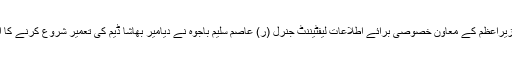
اسلام آباد: وزیراعظم کے معاون خصوصی برائے اطلاعات لیفٹیننٹ جنرل (ر) عاصم سلیم باجوہ نے دیامیر بھاشا ڈیم کی تعمیر شروع کرنے کا اعلان کردیا۔